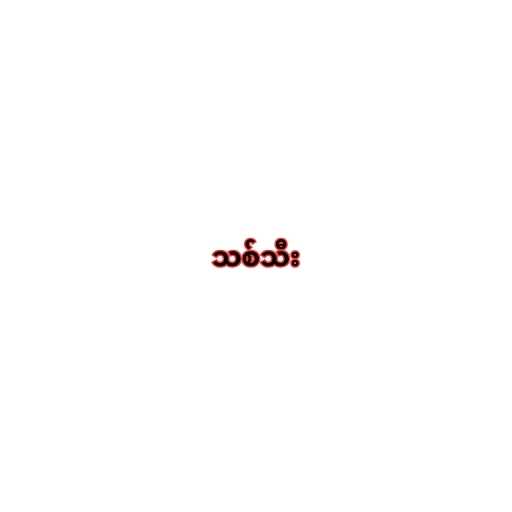
သစ်သီး